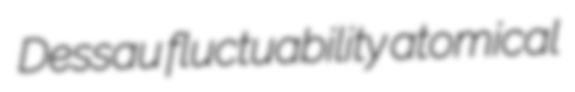
Dessau fluctuability atomical